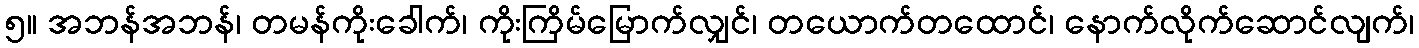
၅။ အဘန်အဘန်၊ တမန်ကိုးခေါက်၊ ကိုးကြိမ်မြောက်လျှင်၊ တယောက်တထောင်၊ နောက်လိုက်ဆောင်လျက်၊